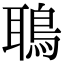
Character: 鵈